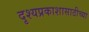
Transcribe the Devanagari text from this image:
दृश्यप्रकाशासाठीच्या